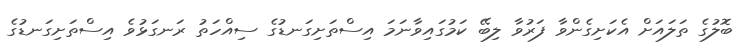
ބޮލުގެ ތަލައަށް އެކަށިގެންވާ ފަރުވާ ލިބޭ ކަމުގައިވާނަމަ އިސްތަށިގަނޑުގެ ސިއްހަތު ރަނގަޅުވެ އިސްތަށިގަނޑުގެ